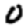
Digit: 0